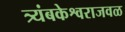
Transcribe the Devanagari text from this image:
त्र्यंबकेश्वराजवळ